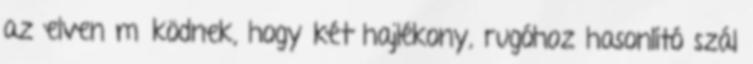
az elven működnek, hogy két hajlékony, rugóhoz hasonlító szál